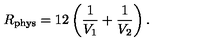
R _ { \mathrm { p h y s } } = 1 2 \left( \frac { 1 } { V _ { 1 } } + \frac { 1 } { V _ { 2 } } \right) .